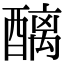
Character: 醨